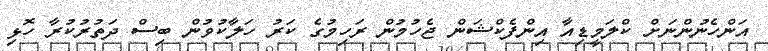
އަންހެނުންނަށް ކްލަމީޑިއާ އިންފެކްޝަން ޖެހުމުން ރަހިމުގެ ކަރު ހަލާކުވުން ބިސް ދަތުރުކުރާ ހޮޅި